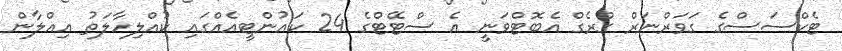
ޓެކްސަސްގެ ގަވަރްނަރް ގްރެގް އެބޮޓްވަނީ އެ ސްޓޭޓްގެ 24 ކައުންޓީއެއްގައި ކުއްލިހާލަތު އިއްލާން